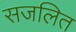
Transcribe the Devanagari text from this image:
सजलित